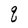
Character: q